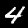
Digit: 4